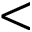
<